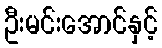
ဦးမင်းအောင်နှင့်